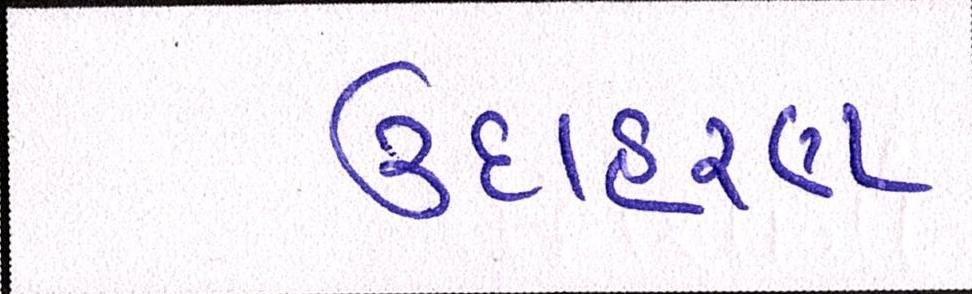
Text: ઉદાહરણ